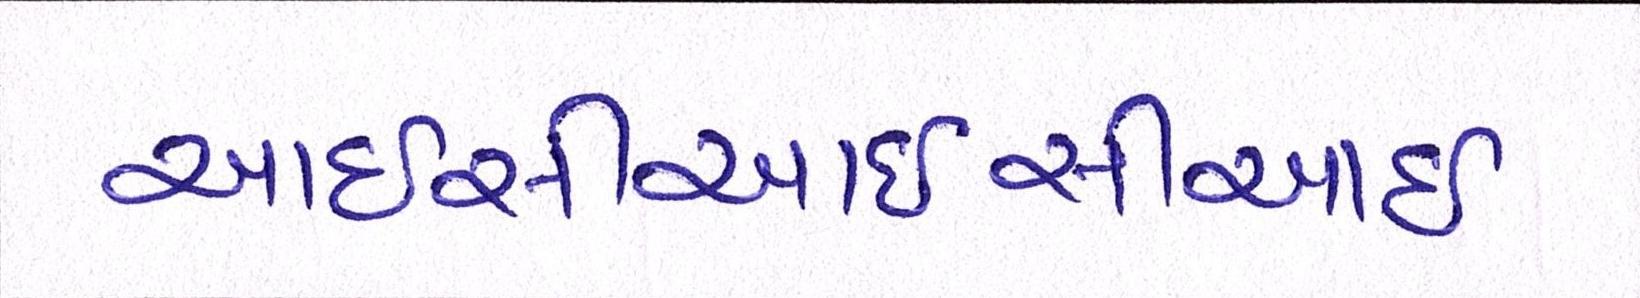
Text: આઈસીઆઈસીઆઈ